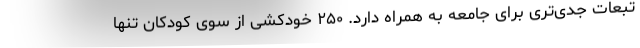
تبعات جدی‌تری برای جامعه به همراه دارد. ۲۵۰ خودکشی از سوی کودکان تنها